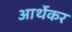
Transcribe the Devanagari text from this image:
आर्थेकर